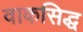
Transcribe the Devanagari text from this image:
वाकसिद्ध